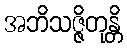
အဘိသဇ္ဇိတုန္တိ